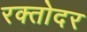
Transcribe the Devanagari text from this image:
रक्तोदर